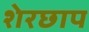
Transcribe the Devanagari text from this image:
शेरछाप